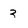
Character: 3